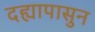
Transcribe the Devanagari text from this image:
दह्यापासुन